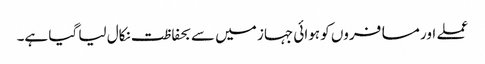
عملے اور مسافروں کو ہوائی جہاز میں سے بحفاظت نکال لیا گیا ہے۔